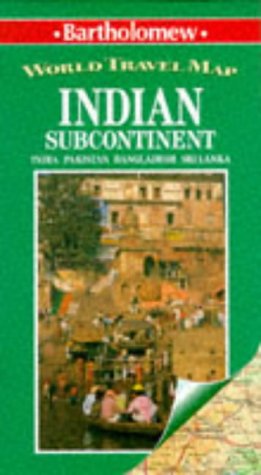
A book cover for Indian Subcontinent: World Travel Map : India Pakistan Bangladesh Sri Lanka (World Travel Maps); Bartholomew; Travel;